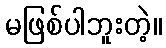
မဖြစ်ပါဘူးတဲ့။